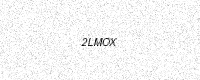
Text: 2LMOX